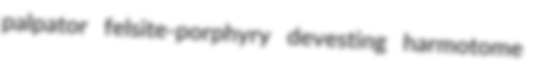
palpator felsite-porphyry devesting harmotome